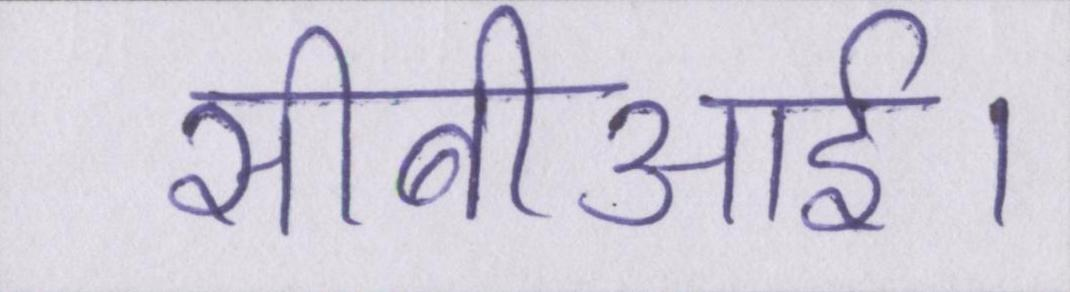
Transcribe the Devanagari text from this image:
सीबीआई।